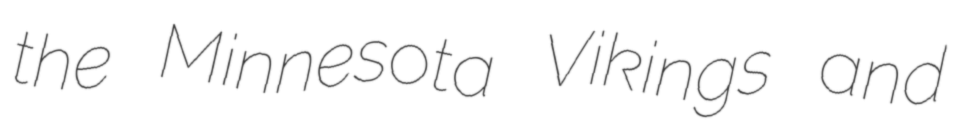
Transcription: the Minnesota Vikings and